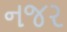
નજર